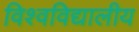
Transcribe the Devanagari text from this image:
विश्वविद्यालीय